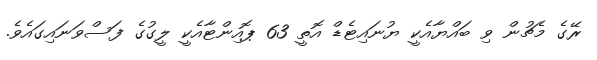
ރޭގެ މެޗުން ވި ބައްޔާއެކީ ޔުނައިޓެޑް އޮތީ 63 ޕޮއިންޓާއެކީ ލީގުގެ ފަސްވަނައިގައެވެ.